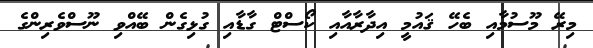
މިރޭ މޫސުމާއި ބެހޭ ޤައުމީ އިދާރާއާއި ކޯސްޓް ގާޑާއި ގުޅިގެން ބޭއްވި ނޫސްވެރިންގެ